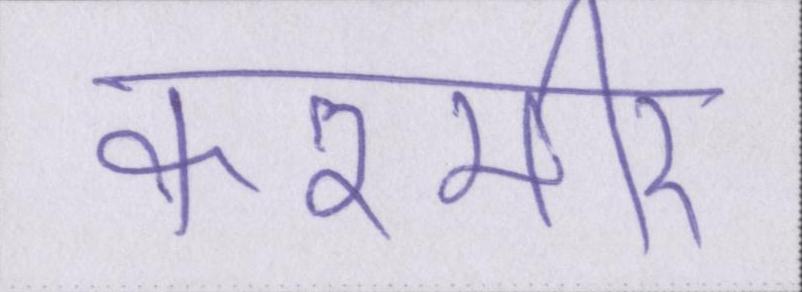
कश्मीर